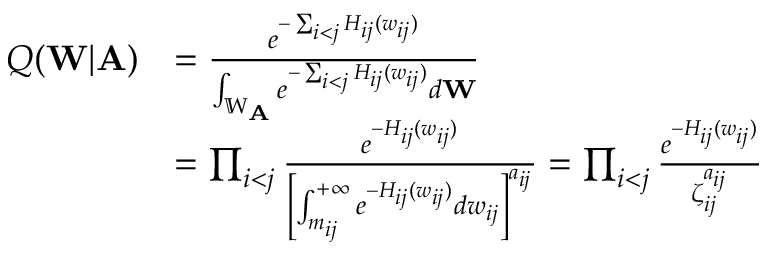
\begin{array} { r l } { Q ( \mathbf { W } | \mathbf { A } ) } & { = \frac { e ^ { - \sum _ { i < j } H _ { i j } ( w _ { i j } ) } } { \int _ { \mathbb { W } _ { \mathbf { A } } } e ^ { - \sum _ { i < j } H _ { i j } ( w _ { i j } ) } d \mathbf { W } } } \\ & { = \prod _ { i < j } \frac { e ^ { - H _ { i j } ( w _ { i j } ) } } { \left[ \int _ { m _ { i j } } ^ { + \infty } e ^ { - H _ { i j } ( w _ { i j } ) } d w _ { i j } \right] ^ { a _ { i j } } } = \prod _ { i < j } \frac { e ^ { - H _ { i j } ( w _ { i j } ) } } { \zeta _ { i j } ^ { a _ { i j } } } } \end{array}